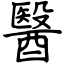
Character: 醫